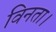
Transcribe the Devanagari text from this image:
विनता।